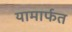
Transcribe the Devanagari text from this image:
यामार्फत